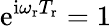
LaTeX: \mathrm{e}^{\mathrm{i}\omega_{\mathrm{r}}T_{\mathrm{r}}}=1